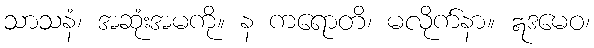
သာသနံ၊ အဆုံးအမကို။ န ကရောတိ၊ မလိုက်နာ။ ဣဒမေဝ၊